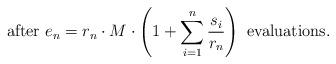
LaTeX: \begin{align*} \mbox{ after}\ e_{{n}} = r_n \cdot M \cdot\left(1+\sum_{i=1}^n \frac{s_i}{r_n}\right)\ \mbox{evaluations.}\end{align*}